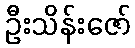
ဦးသိန်းဇော်